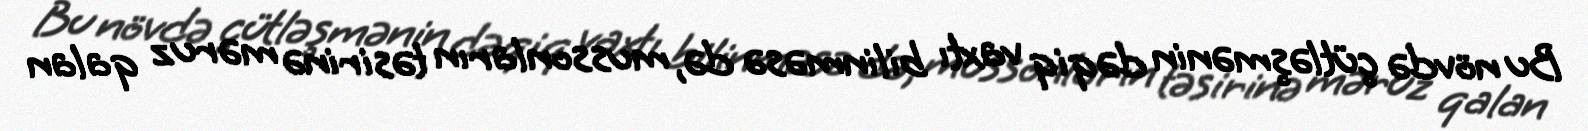
Bu növdə çütləşmənin dəqiq vaxtı bilinməsə də, mussonların təsirinə məruz qalan